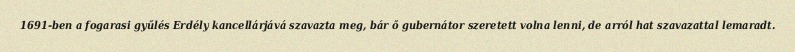
1691-ben a fogarasi gyűlés Erdély kancellárjává szavazta meg, bár ő gubernátor szeretett volna lenni, de arról hat szavazattal lemaradt.